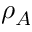
\rho _ { A }